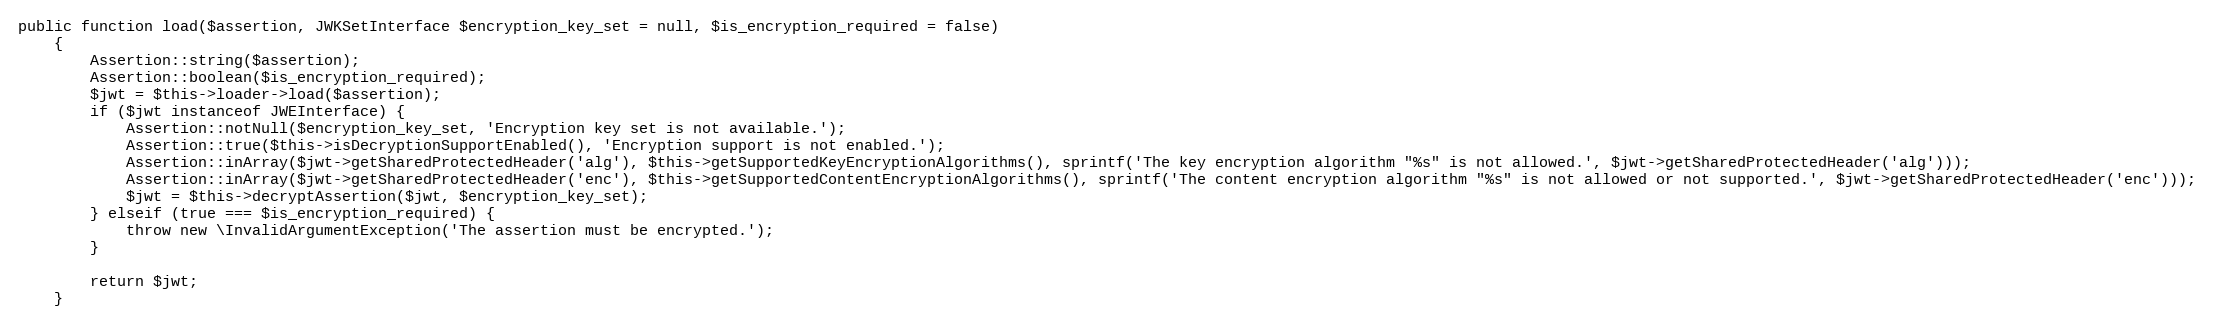
Language: PHP
public function load($assertion, JWKSetInterface $encryption_key_set = null, $is_encryption_required = false)
    {
        Assertion::string($assertion);
        Assertion::boolean($is_encryption_required);
        $jwt = $this->loader->load($assertion);
        if ($jwt instanceof JWEInterface) {
            Assertion::notNull($encryption_key_set, 'Encryption key set is not available.');
            Assertion::true($this->isDecryptionSupportEnabled(), 'Encryption support is not enabled.');
            Assertion::inArray($jwt->getSharedProtectedHeader('alg'), $this->getSupportedKeyEncryptionAlgorithms(), sprintf('The key encryption algorithm "%s" is not allowed.', $jwt->getSharedProtectedHeader('alg')));
            Assertion::inArray($jwt->getSharedProtectedHeader('enc'), $this->getSupportedContentEncryptionAlgorithms(), sprintf('The content encryption algorithm "%s" is not allowed or not supported.', $jwt->getSharedProtectedHeader('enc')));
            $jwt = $this->decryptAssertion($jwt, $encryption_key_set);
        } elseif (true === $is_encryption_required) {
            throw new \InvalidArgumentException('The assertion must be encrypted.');
        }

        return $jwt;
    }